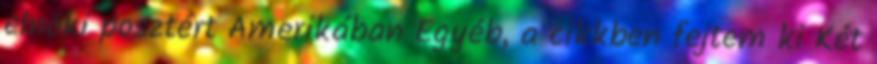
elnöki posztért Amerikában Egyéb, a cikkben fejtem ki Két